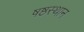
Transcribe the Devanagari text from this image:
षष्ठस्थान